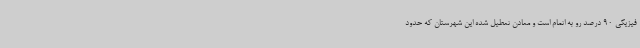
فیزیکی 90 درصد رو به اتمام است و معادن تعطیل شده این شهرستان که حدود